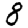
Digit: 8